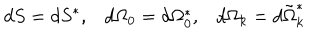
d S = d S ^ { * } , d \Omega _ { 0 } = d \Omega _ { 0 } ^ { * } , d \Omega _ { k } = d \tilde { \Omega } _ { k } ^ { * }